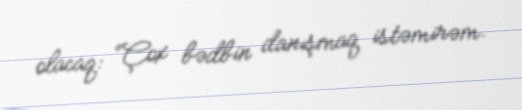
olacaq: “Çox bədbin danışmaq istəmirəm.